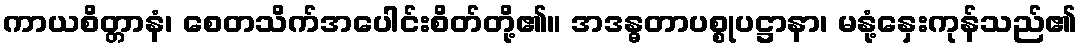
ကာယစိတ္တာနံ၊ စေတသိက်အပေါင်းစိတ်တို့၏။ အဒန္ဓတာပစ္စုပဋ္ဌာနာ၊ မနုံ့နှေးကုန်သည်၏